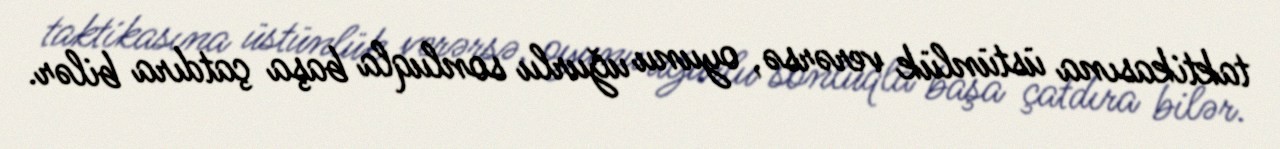
taktikasına üstünlük verərsə, oyunu uğurlu sonluqla başa çatdıra bilər.